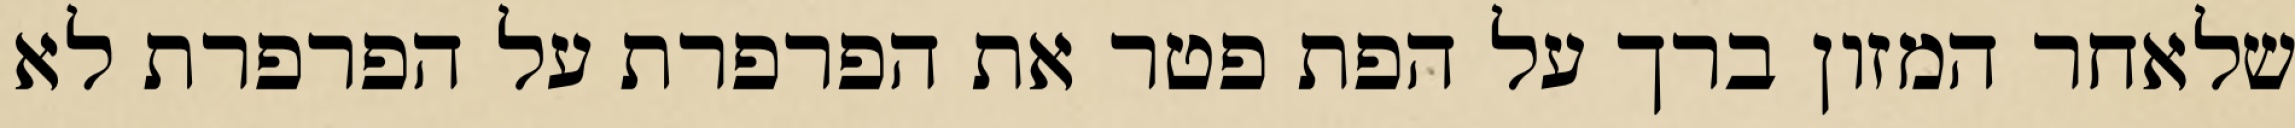
שלאחר המזון ברך על הפת פטר את הפרפרת על הפרפרת לא